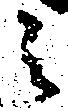
之